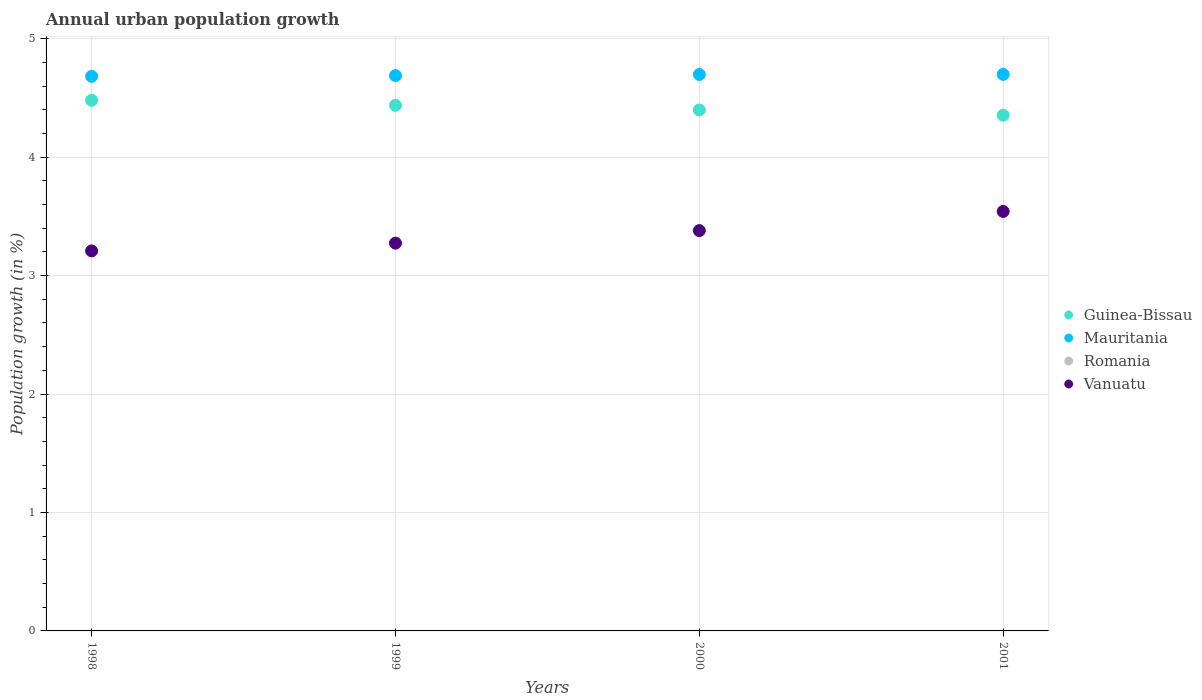
| Years | Guinea-Bissau | Mauritania | Romania | Vanuatu |
 | --- | --- | --- | --- | --- |
 | 1998 | 4.48 | 4.68 | -0.492 | 3.21 |
 | 1999 | 4.44 | 4.69 | -0.444 | 3.27 |
 | 2000 | 4.4 | 4.7 | -0.42 | 3.38 |
 | 2001 | 4.35 | 4.7 | -1.68 | 3.54 |